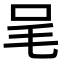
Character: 𣬦